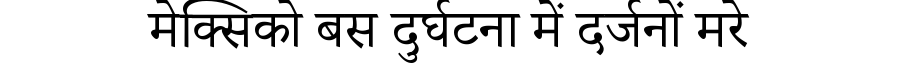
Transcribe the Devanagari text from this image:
मेक्सिको बस दुर्घटना में दर्जनों मरे